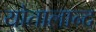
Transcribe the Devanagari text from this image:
योतालान्द